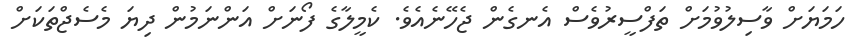
ހަމަޔަށް ވާސިލުވުމަށް ތަފްސީރުވެސް އެނގެން ޖެހޭނެއެވެ. ކެމީލާގެ ފޯނަށް އަންނަމުން ދިޔަ މެސެޖްތަކަށް